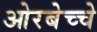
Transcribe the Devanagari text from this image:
ओरबेच्चे